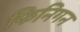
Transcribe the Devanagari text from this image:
फिनिगन